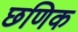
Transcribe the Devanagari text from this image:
छणिक